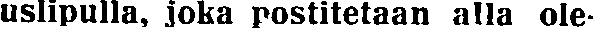
uslipulla, joka postitetaan alla ole-